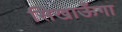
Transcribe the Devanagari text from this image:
सिखाऊँगा